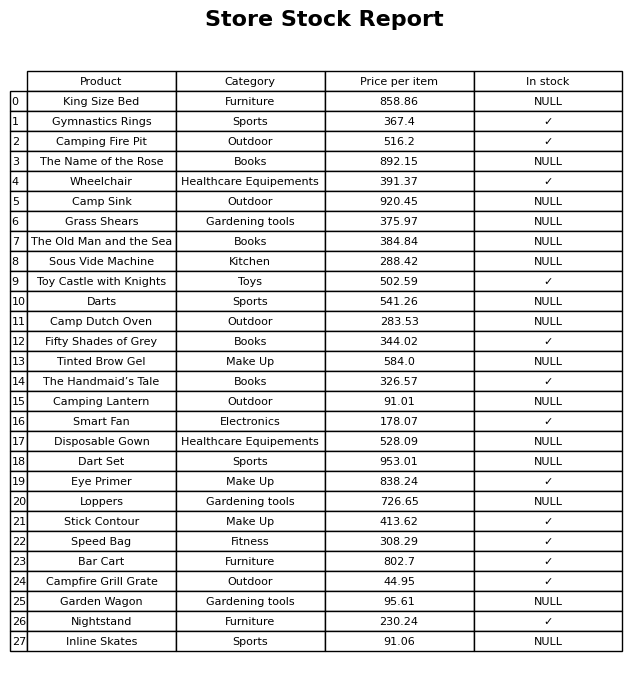
question: What is the price of the Fifty Shades of Grey?
answer: The price of Fifty Shades of Grey is 344.02.